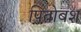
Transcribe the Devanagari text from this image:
पितोबश